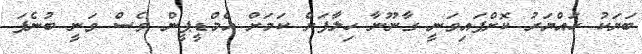
ބަޔަކު ހައްޔަރު ކޮށްފައިވަނީ ގާނޫނާ ހިލާފަށް ކަމަށް އެމްޑީޕީން ވެސް ވަނީ ބުނެފަ